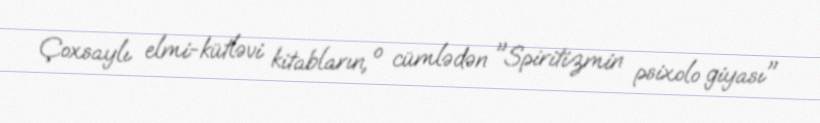
Çoxsaylı elmi-kütləvi kitabların, o cümlədən "Spiritizmin psixolo giyası"